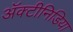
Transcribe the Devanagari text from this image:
अॅक्टीनिडिया